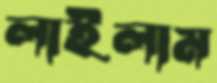
লাইলাম